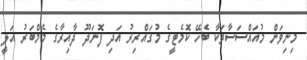
މިނިވަން މުއައްސަސާތަކާ ބެހޭ ކޮމެޓީގެ މުގައްރިރު އަދި ފޮނަދޫ ދާއިރާގެ މެމްބަރު އަލީ